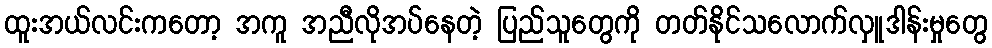
ထူးအယ်လင်းကတော့ အကူ အညီလိုအပ်နေတဲ့ ပြည်သူတွေကို တတ်နိုင်သလောက်လှူဒါန်းမှုတွေ